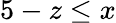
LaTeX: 5-z\leq x